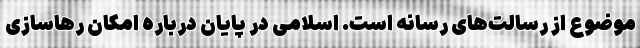
موضوع از رسالت‌های رسانه است. اسلامی در پایان درباره امکان رهاسازی